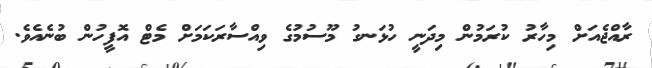
ރާއްޖެއަށް މިހާރު ކުރަމުން މިދަނީ ހުޅަނގު މޫސުމުގެ ވިއްސާރަކަމަށް މެޓް އޮފީހުން ބުނެއެވެ.